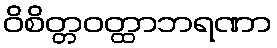
ဝိစိတ္တဝတ္ထာဘရဏာ